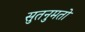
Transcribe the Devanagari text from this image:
सुतनुमतो